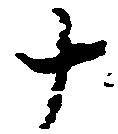
十